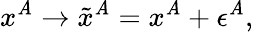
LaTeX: x^{\mathit{A}}\rightarrow\tilde{{x}}^{\mathit{A}}=x^{\mathit{A}}+\epsilon^{\mathit{A}},